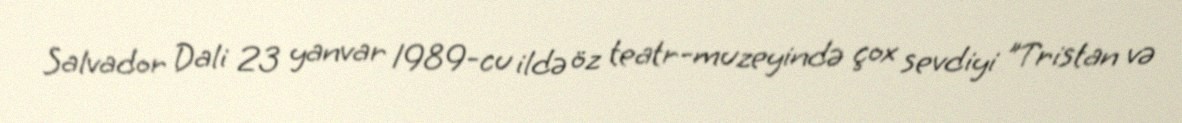
Salvador Dali 23 yanvar 1989-cu ildə öz teatr-muzeyində çox sevdiyi "Tristan və